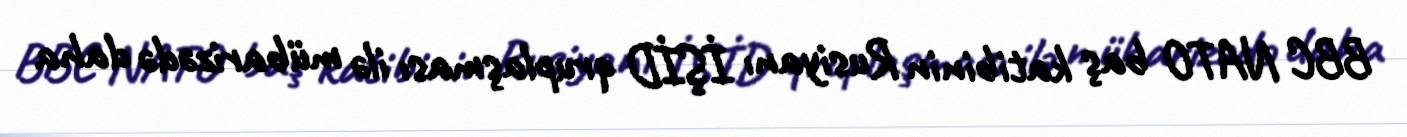
BBC NATO baş katibinin Rusiyanı İŞİD qruplaşması ilə mübarizədə daha